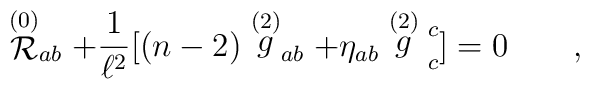
\stackrel {(0)} {\cal{R}}_{ a  b} + {1\over{\ell^2}} [(n-2)\stackrel {(2)}g_{  a   b} + \eta _{  a   b} \stackrel {(2)}g \strut _{ c}^{ c}] = 0 \qquad ,